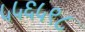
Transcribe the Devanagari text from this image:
५५६५९८